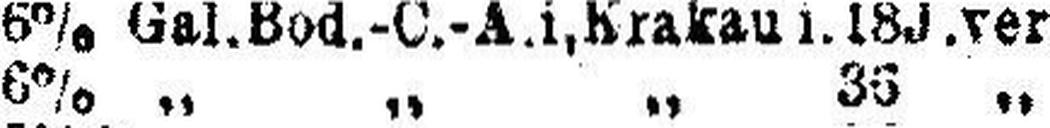
6% „ „ „ 35 „